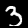
Label: 3